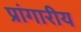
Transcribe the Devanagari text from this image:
प्रांगारीय